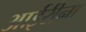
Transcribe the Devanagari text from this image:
आईरीना